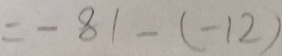
= - 8 1 - ( - 1 2 )